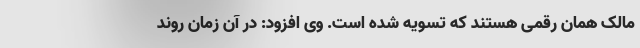
مالک همان رقمی هستند که تسویه شده است. وی افزود: در آن زمان روند